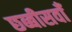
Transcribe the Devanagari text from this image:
छब्बीसवाँ